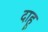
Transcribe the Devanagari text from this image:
दाहू